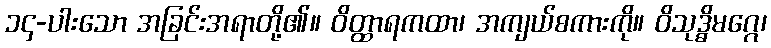
၁၄-ပါးသော အခြင်းအရာတို့၏။ ဝိတ္ထာရကထာ၊ အကျယ်စကားကို။ ဝိသုဒ္ဓိမဂ္ဂေ၊